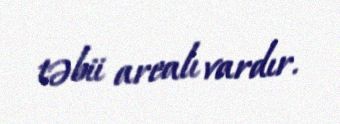
təbii arealı vardır.